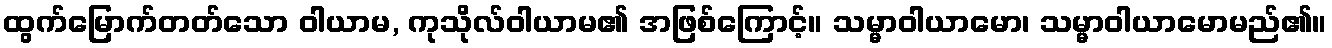
ထွက်မြောက်တတ်သော ဝါယာမ, ကုသိုလ်ဝါယာမ၏ အဖြစ်ကြောင့်။ သမ္မာဝါယာမော၊ သမ္မာဝါယာမောမည်၏။